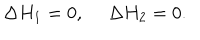
LaTeX: \Delta H _ { 1 } = 0 , ~ ~ \Delta H _ { 2 } = 0 .